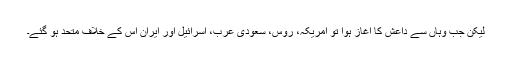
لیکن جب وہاں سے داعش کا آغاز ہوا تو امریکہ، روس، سعودی عرب، اسرائیل اور ایران اس کے خلاف متحد ہو گئے۔